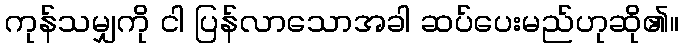
ကုန်သမျှကို ငါ ပြန်လာသောအခါ ဆပ်ပေးမည်ဟုဆို၏။